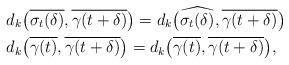
LaTeX: \begin{align*} & d_k\big( \overline{\sigma_t(\delta)},\overline{\gamma(t+\delta)} \big) = d_k \big( \widehat{\sigma_t(\delta)},\overline{\gamma(t+\delta)} \big) \\ & d_k\big( \overline{\gamma(t)},\overline{\gamma(t+\delta)} \big) = d_k \big( \overline{\gamma(t)},\overline{\gamma(t+\delta)} \big) , \end{align*}